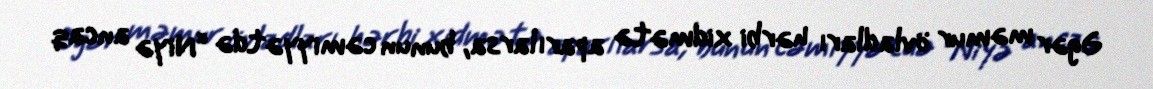
Əgər məmur övladları hərbi xidmətə aparılarsa, bunun cəmiyyətdə “Niyə ancaq